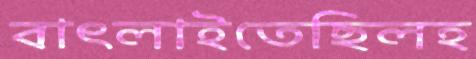
বাৎলাইতেছিলহ